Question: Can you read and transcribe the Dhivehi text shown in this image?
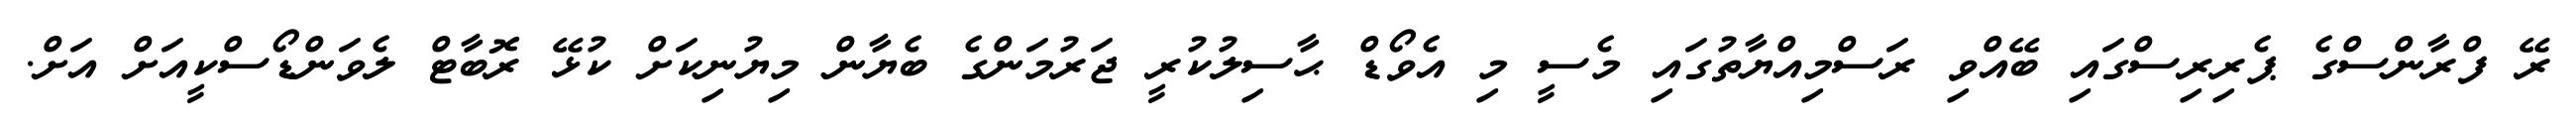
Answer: ރޭ ފްރާންސްގެ ޕެރިރިސްގައި ބޭއްވި ރަސްމިއްޔާތުގައި މެސީ މި އެވޯޑް ޙާސިލުކުރީ ޖަރުމަންގެ ބެޔާން މިޔުނިކަށް ކުޅޭ ރޮބާޓް ލެވަންޑޯސްކީއަށް އަށް.